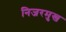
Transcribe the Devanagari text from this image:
निजरमुख